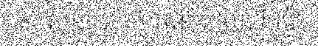
ស សុខា ជាស្ថាបនិកដែលទើបតែ